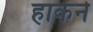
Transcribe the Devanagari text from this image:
हाकेने